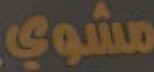
مشوي